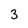
Character: 3